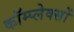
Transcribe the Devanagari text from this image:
कॉम्प्लेक्सों